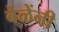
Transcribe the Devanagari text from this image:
बेळेंनी